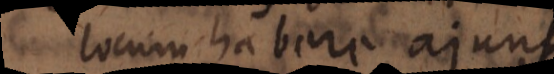
locum habere ajunt.